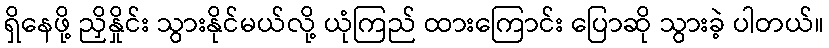
ရှိနေဖို့ ညှိနှိုင်း သွားနိုင်မယ်လို့ ယုံကြည် ထားကြောင်း ပြောဆို သွားခဲ့ ပါတယ်။